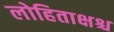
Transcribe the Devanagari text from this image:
लोहिताक्षश्च